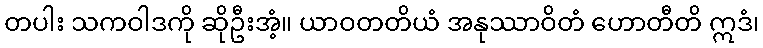
တပါး သကဝါဒကို ဆိုဦးအံ့။ ယာဝတတိယံ အနုဿာဝိတံ ဟောတီတိ ဣဒံ၊